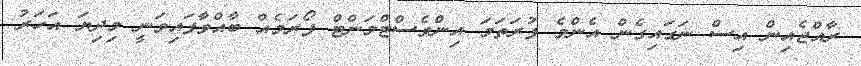
ރާއްޖެއިން އިސް ނަގައިގެން އެންމެ ފުރަތަމަ އިންވެސްޓްމަންޓް ފޯރަމެއް ބާއްވާފައިވަނީ މިދިޔަ އަހަރު